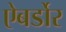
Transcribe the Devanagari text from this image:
ऐबर्डोर